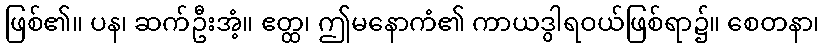
ဖြစ်၏။ ပန၊ ဆက်ဦးအံ့။ ဧတ္ထ၊ ဤမနောကံ၏ ကာယဒွါရဝယ်ဖြစ်ရာ၌။ စေတနာ၊